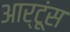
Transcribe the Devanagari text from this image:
आर्टूंस